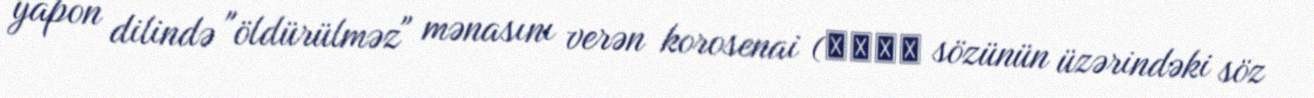
yapon dilində "öldürülməz" mənasını verən korosenai (殺せない sözünün üzərindəki söz